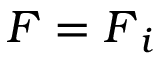
\boldsymbol { F } = \boldsymbol { F } _ { i }